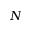
N